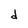
Character: d